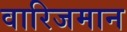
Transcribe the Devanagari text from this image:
वारिजमान